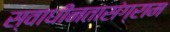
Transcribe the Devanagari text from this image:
स्वाधीनतासंग्राम